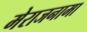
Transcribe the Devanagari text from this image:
मेराजनामा